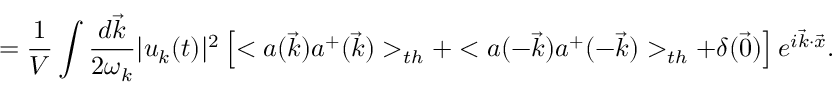
= \frac { 1 } { V } \int \frac { d \vec { k } } { 2 \omega _ { k } } | u _ { k } ( t ) | ^ { 2 } \left[ < a ( \vec { k } ) a ^ { + } ( \vec { k } ) > _ { t h } + < a ( - \vec { k } ) a ^ { + } ( - \vec { k } ) > _ { t h } + \delta ( \vec { 0 } ) \right] e ^ { i \vec { k } \cdot \vec { x } } .